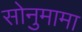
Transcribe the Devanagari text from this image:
सोनुमामा